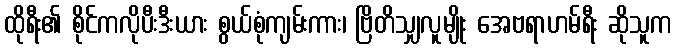
ထိုရီး၏ စိုင်ကလိုပီးဒီးယား စွယ်စုံကျမ်းကား၊ ဗြိတိသျှလူမျိုး အေဗရာဟမ်ရီး ဆိုသူက